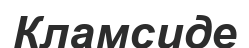
Кламсиде